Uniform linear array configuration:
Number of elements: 16
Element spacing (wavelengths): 0.5
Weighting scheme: hann
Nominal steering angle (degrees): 0
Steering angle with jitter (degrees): -1.062
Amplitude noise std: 0.05
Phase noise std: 0.05

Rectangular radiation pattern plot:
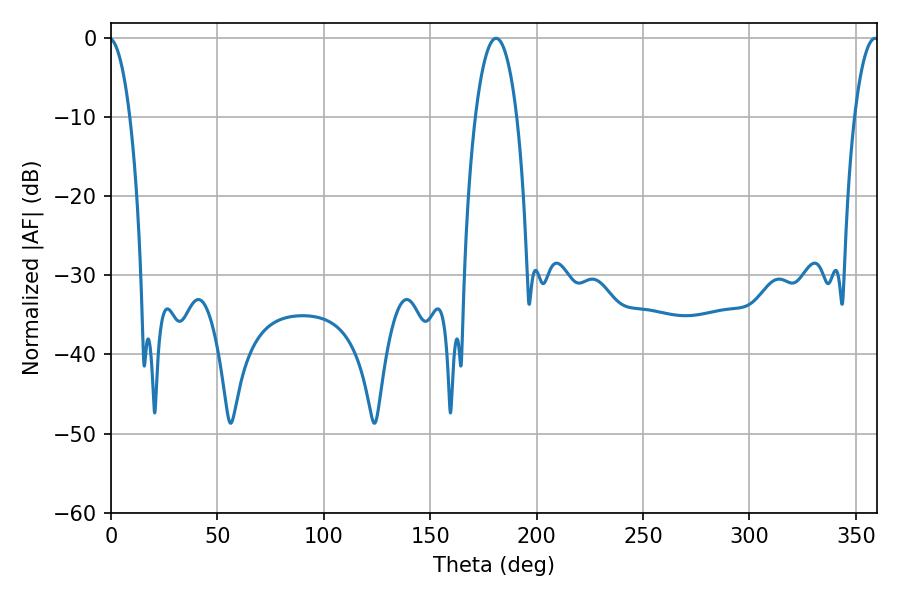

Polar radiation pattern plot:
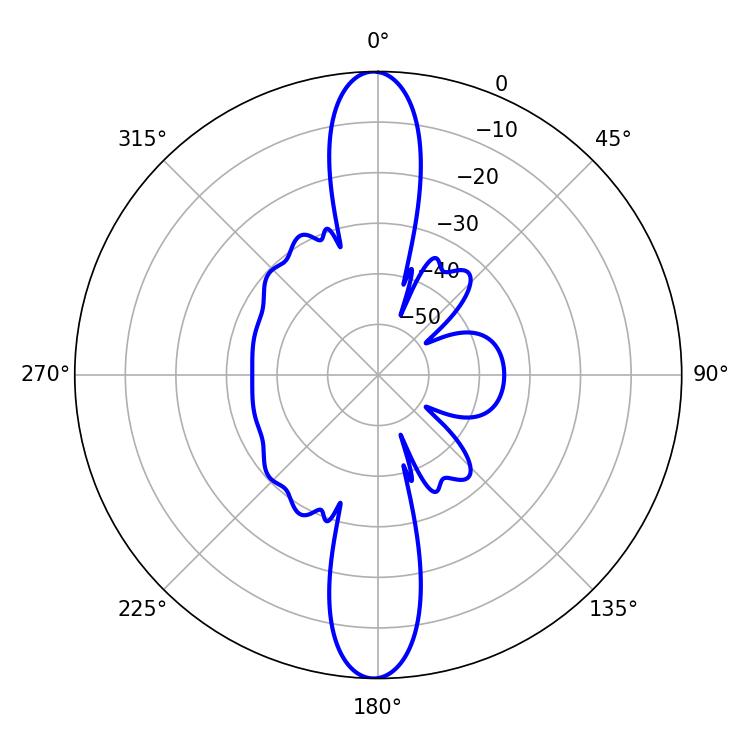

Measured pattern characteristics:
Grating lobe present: FALSE
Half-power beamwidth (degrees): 10.98
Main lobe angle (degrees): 180.9